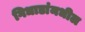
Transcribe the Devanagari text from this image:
गिधाडांमधील